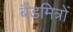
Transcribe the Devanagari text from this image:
बैंडमित्रों